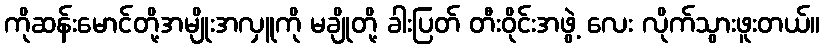
ကိုဆန်းမောင်တို့အမျိုးအလှူကို မချိုတို့ ခါးပြတ် တီးဝိုင်းအဖွဲ့ လေး လိုက်သွားဖူးတယ်။